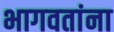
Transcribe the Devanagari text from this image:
भागवतांना